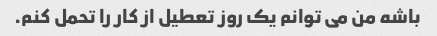
باشه من می توانم یک روز تعطیل از کار را تحمل کنم.